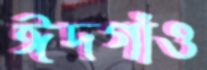
ঈদগাঁও